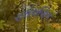
રાસયણિક